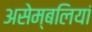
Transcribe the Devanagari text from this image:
असेम्बलियां